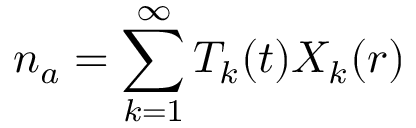
n _ { a } = \sum _ { k = 1 } ^ { \infty } T _ { k } ( t ) X _ { k } ( r )